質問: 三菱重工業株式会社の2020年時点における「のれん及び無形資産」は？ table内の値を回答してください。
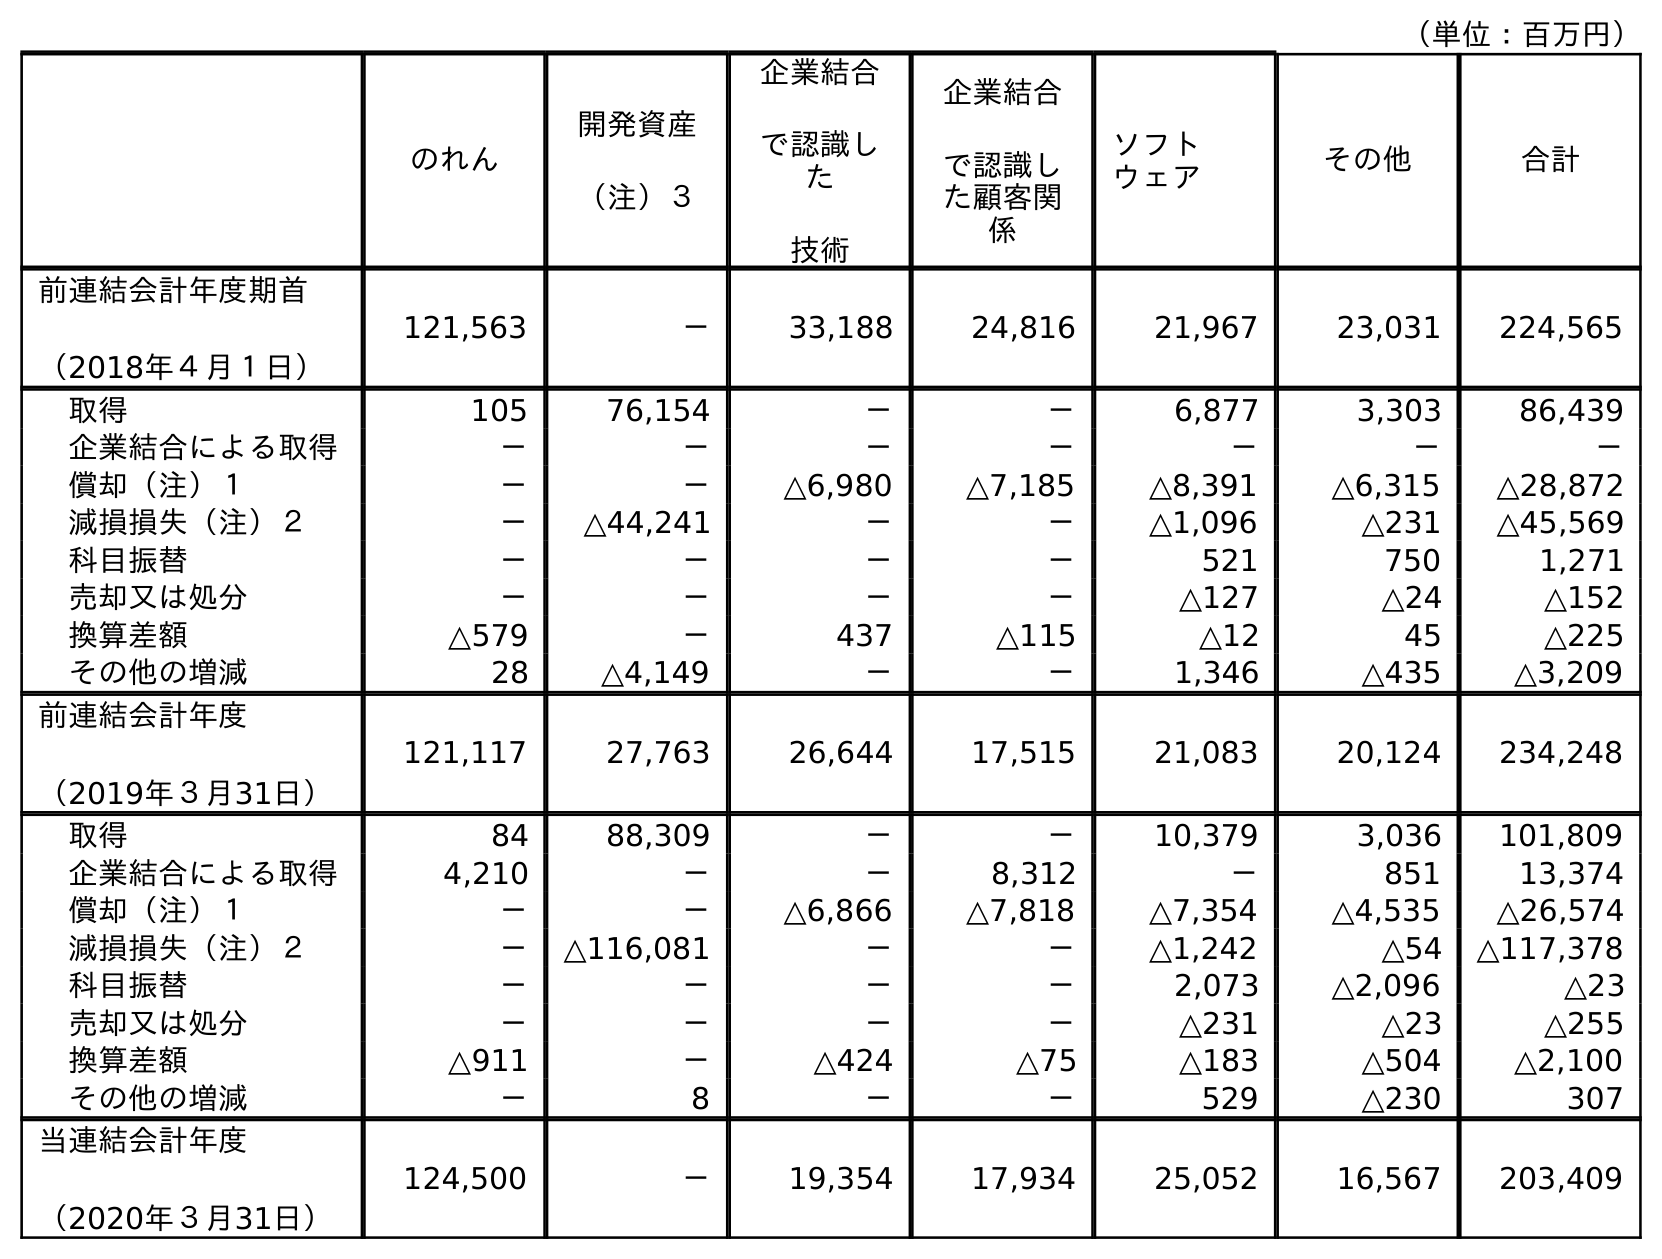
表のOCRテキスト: （単位：百万円） のれん 開発資産 （注）３ 企業結合 で認識し た 技術 企業結合 で認識し た顧客関 係 ソフト ウェア その他 合計 前連結会計年度期首 （2018年４月１日） 121,563 － 33,188 24,816 21,967 23,031 224,565 取得 105 76,154 － － 6,877 3,303 86,439 企業結合による取得 － － － － － － － 償却（注）１ － － △6,980 △7,185 △8,391 △6,315 △28,872 減損損失（注）２ － △44,241 － － △1,096 △231 △45,569 科目振替 － － － － 521 750 1,271 売却又は処分 － － － － △127 △24 △152 換算差額 △579 － 437 △115 △12 45 △225 その他の増減 28 △4,149 － － 1,346 △435 △3,209 前連結会計年度 （2019年３月31日） 121,117 27,763 26,644 17,515 21,083 20,124 234,248 取得 84 88,309 － － 10,379 3,036 101,809 企業結合による取得 4,210 － － 8,312 － 851 13,374 償却（注）１ － － △6,866 △7,818 △7,354 △4,535 △26,574 減損損失（注）２ － △116,081 － － △1,242 △54 △117,378 科目振替 － － － － 2,073 △2,096 △23 売却又は処分 － － － － △231 △23 △255 換算差額 △911 － △424 △75 △183 △504 △2,100 その他の増減 － 8 － － 529 △230 307 当連結会計年度 （2020年３月31日） 124,500 － 19,354 17,934 25,052 16,567 203,409
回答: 203,409